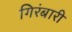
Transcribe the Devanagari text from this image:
गिरंबारी